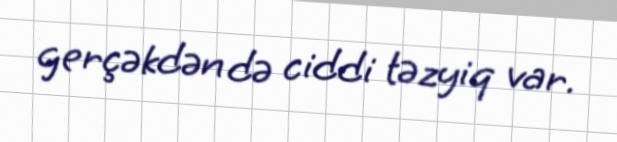
gerçəkdən də ciddi təzyiq var.